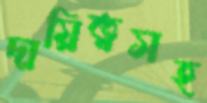
দায়িত্বসহ